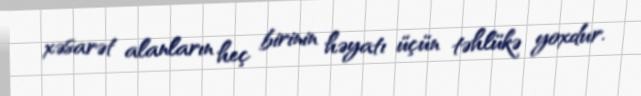
xəsarət alanların heç birinin həyatı üçün təhlükə yoxdur.